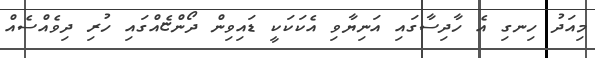
މިއަދު ހިނގި އެ ހާދިސާގައި އަނިޔާވި އެކަކަކީ ޑައިވިން ދޯންޏެއްގައި ހުރި ދިވެއްސެއް